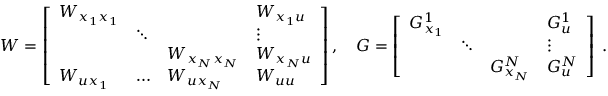
W = \left[ \begin{array} { l l l l } { W _ { x _ { 1 } x _ { 1 } } } & & & { W _ { x _ { 1 } u } } \\ & { \ddots } & & { \vdots } \\ & & { W _ { x _ { N } x _ { N } } } & { W _ { x _ { N } u } } \\ { W _ { u x _ { 1 } } } & { \hdots } & { W _ { u x _ { N } } } & { W _ { u u } } \end{array} \right] , \quad G = \left[ \begin{array} { l l l l } { G _ { x _ { 1 } } ^ { 1 } } & & & { G _ { u } ^ { 1 } } \\ & { \ddots } & & { \vdots } \\ & & { G _ { x _ { N } } ^ { N } } & { G _ { u } ^ { N } } \end{array} \right] \; .